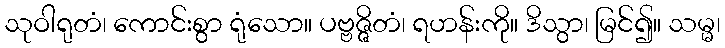
သုဝါရုတံ၊ ကောင်းစွာ ရုံသော။ ပဗ္ဗဇ္ဇိတံ၊ ရဟန်းကို။ ဒိသွာ၊ မြင်၍။ သမ္မ၊